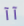
آآ